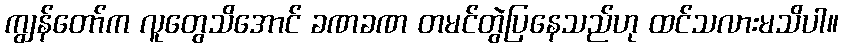
ကျွန်တော်က လူတွေသိအောင် ခဏခဏ တမင်တွဲပြနေသည်ဟု ထင်သလားမသိပါ။